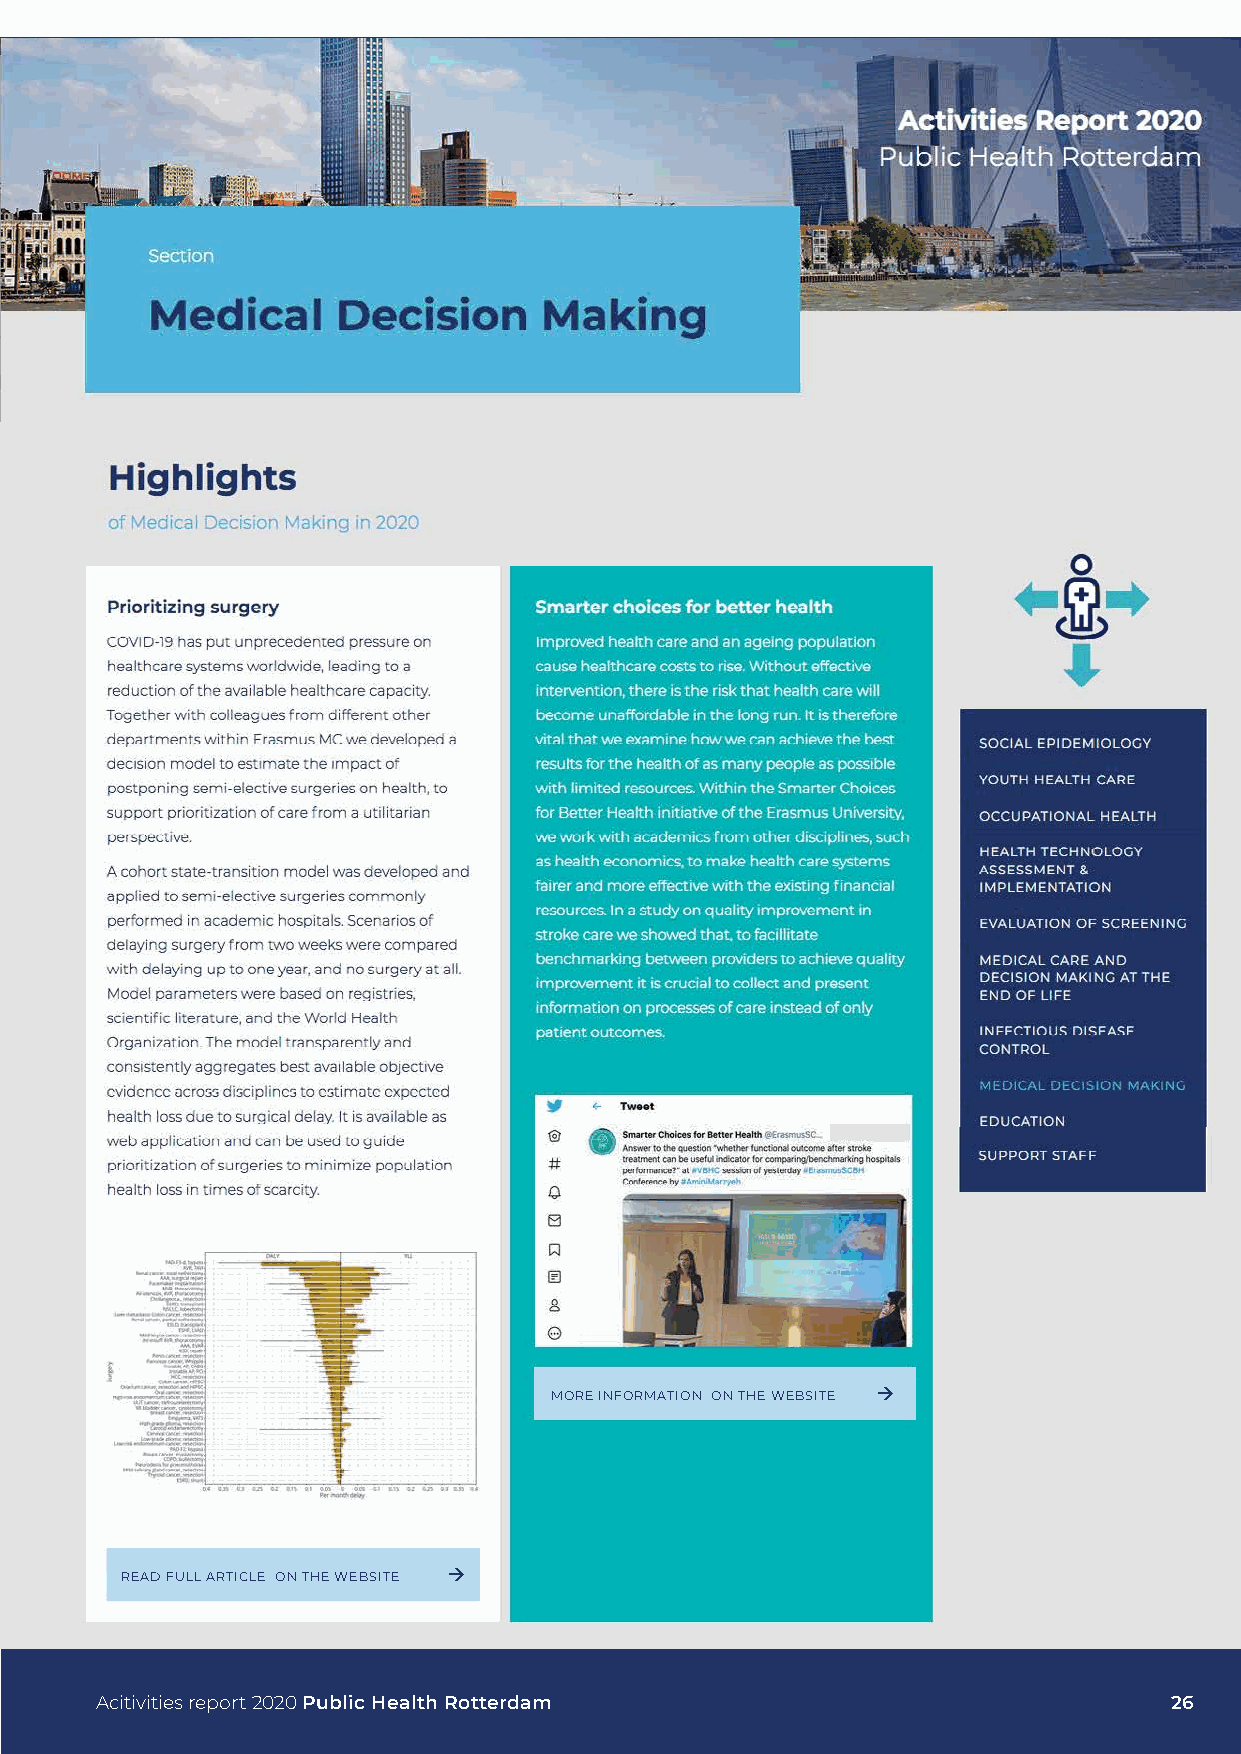
MORE INFORMATION ON THE WEBSITE 
 READ FULL ARTICLE ON THE WEBSITE 
 Acitivities report 2020 Public Health Rotterdam                        26